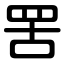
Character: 罟